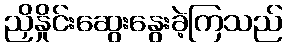
ညှိနှိုင်းဆွေးနွေးခဲ့ကြသည်